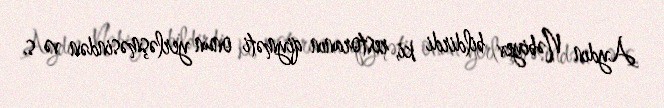
Aydın Nəbiyev bildirdi ki, restoranın qiyməti onun yerləşməsindən və s.